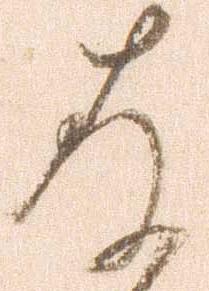
存